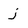
Character: j